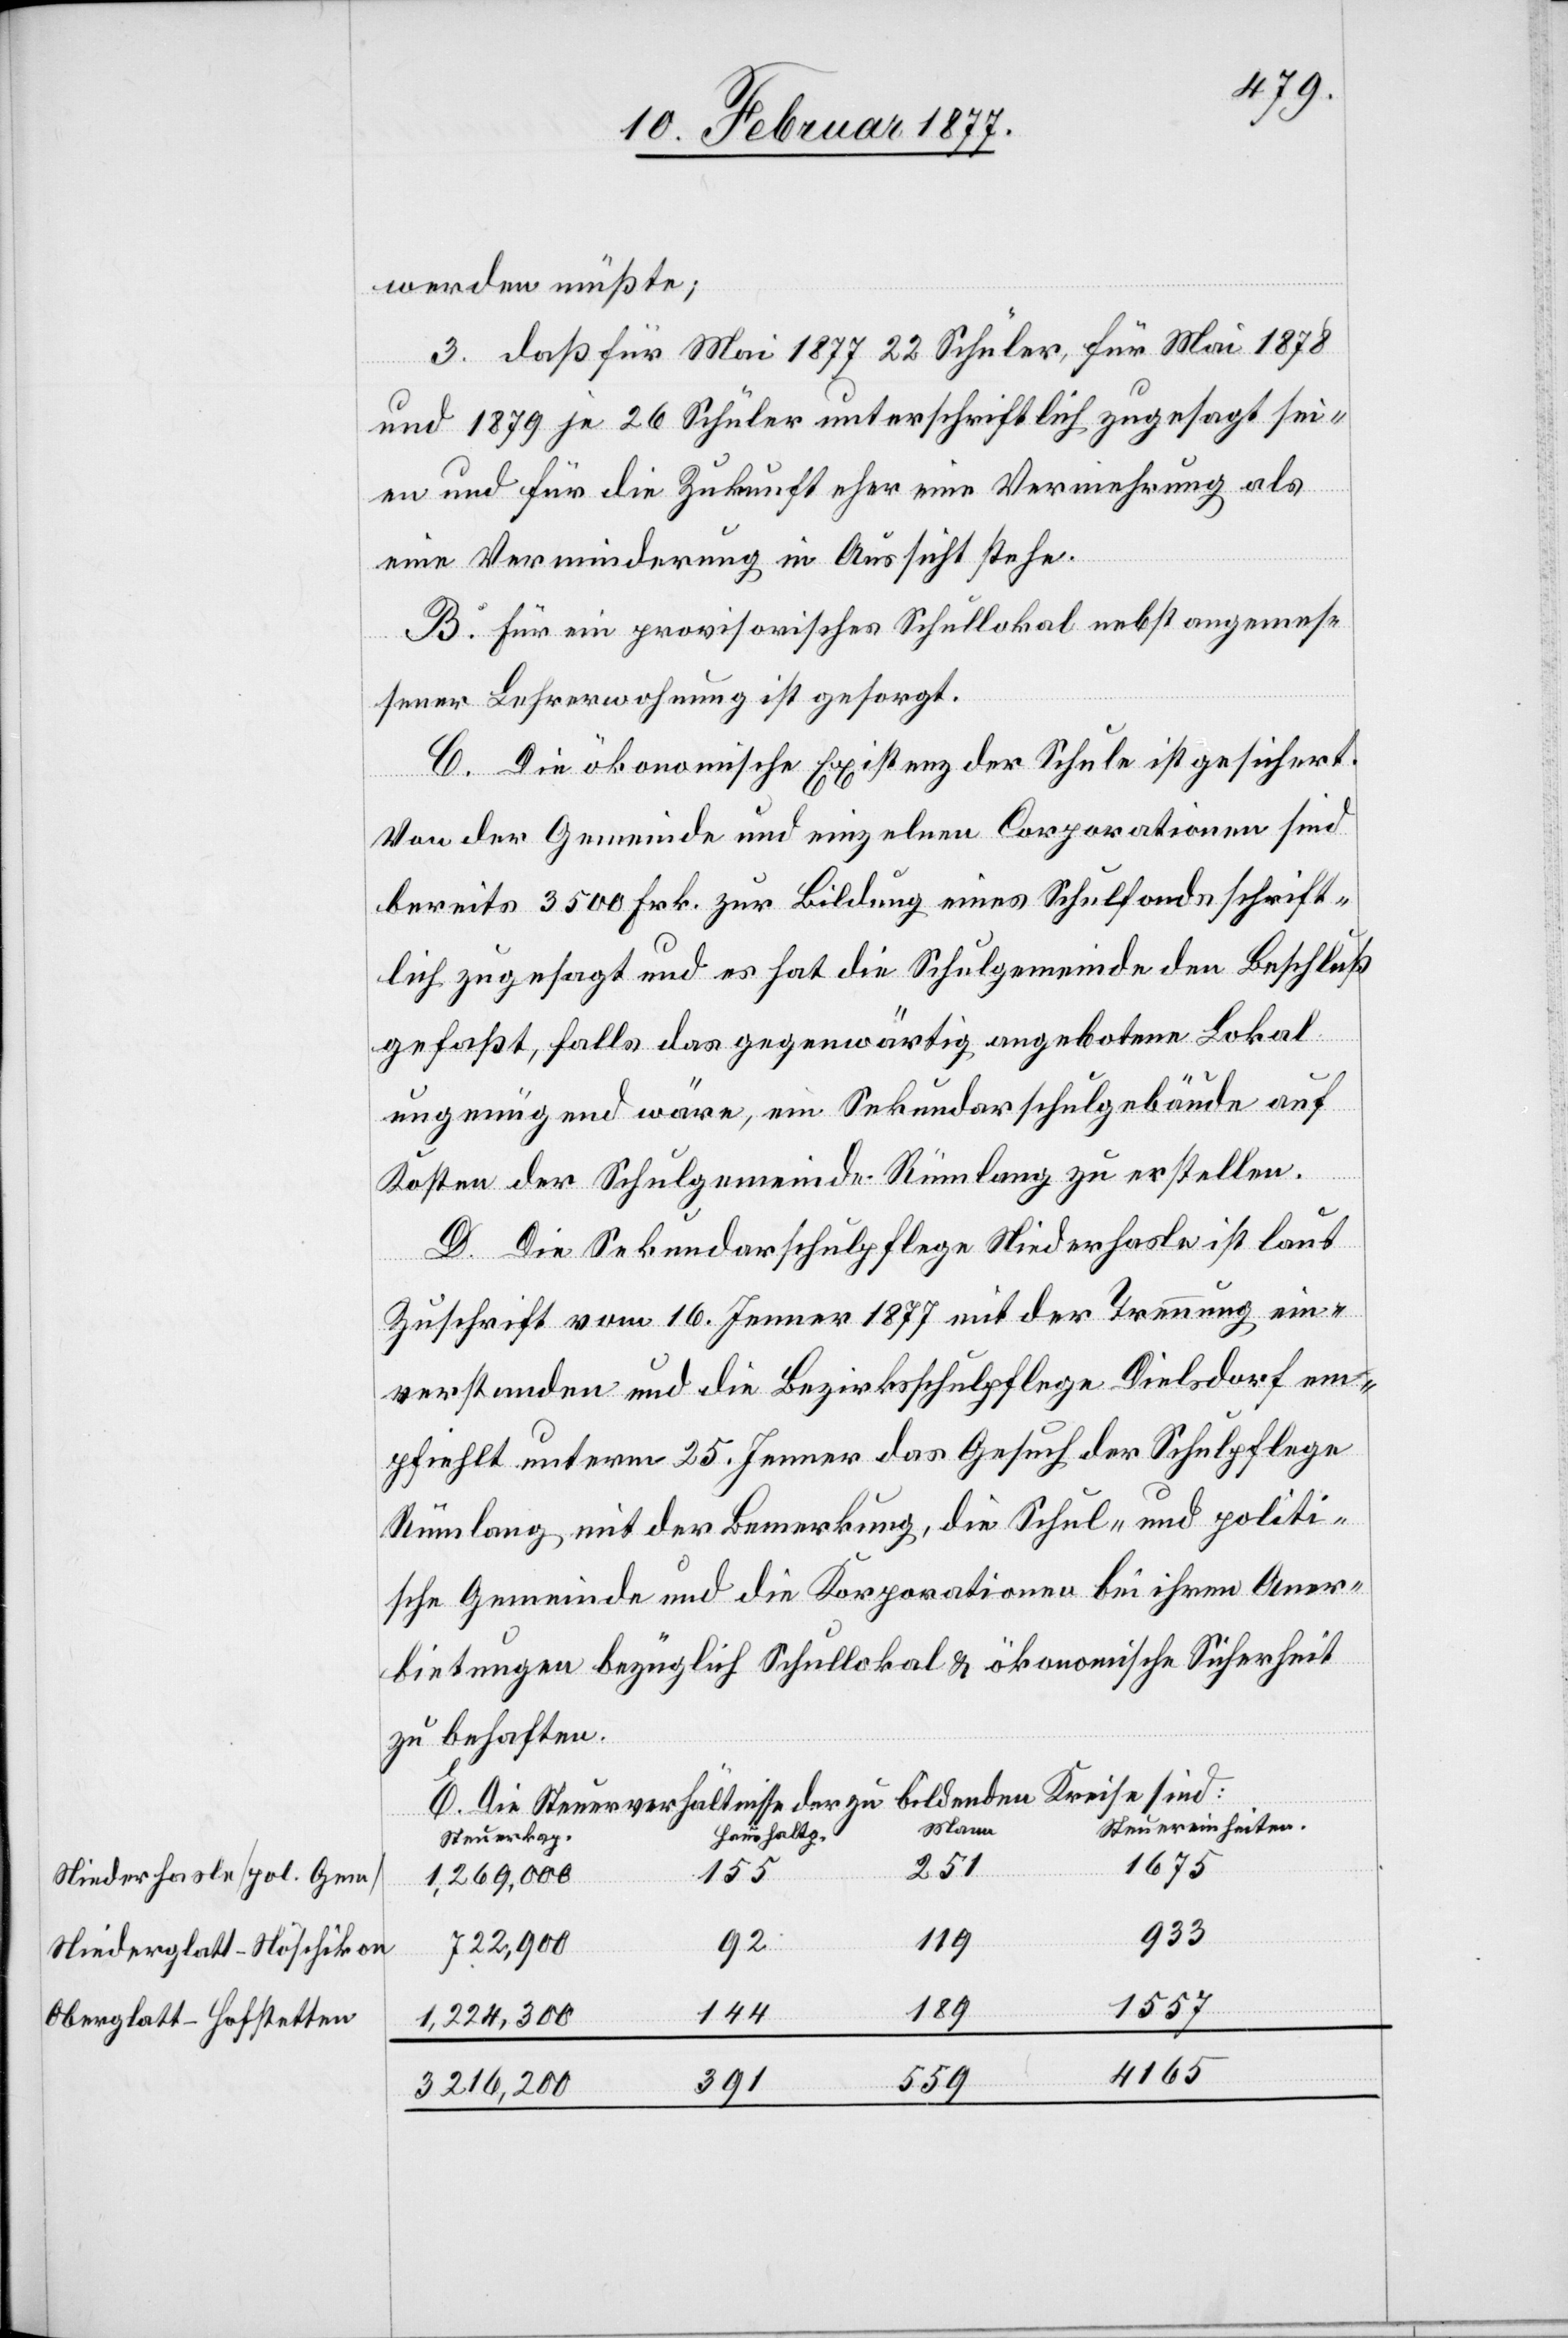
Niederhasle [pol. Gem]
Niederglatt-Nöschikon
Oberglatt-Hofstetten

werden müßte;
3. daß für Mai 1877 22 Schüler, für Mai 1878
und 1879 je 26 Schüler unterschriftlich zugesagt sei¬
en und für die Zukunft eher eine Vermehrung als
eine Verminderung in Aussicht stehe.
B. Für ein provisorisches Schullokal nebst angemes¬
sener Lehrerwohnung ist gesorgt.
C. Die ökonomische Existenz der Schule ist gesichert.
Von der Gemeinde und einzelnen Corporationen sind
bereits 3500 Frk. zur Bildung eines Schulfonds schrift¬
lich zugesagt und es hat die Schulgemeinde den Beschluß
gefaßt, falls das gegenwärtig angebotene Lokal
ungenügend wäre, ein Sekundarschulgebäude auf
Kosten der Schulgemeinde Rümlang zu erstellen.
D. Die Sekundarschulpflege Niederhasle ist laut
Zuschrift vom 16. Jenner 1877 mit der Trennung ein¬
verstanden und die Bezirksschulpflege Dielsdorf em¬
pfiehlt unterm 25. Jenner das Gesuch der Schulpflege
Rümlang mit der Bemerkung, die Schul- und politi¬
sche Gemeinde und die Korporationen bei ihren Aner¬
bietungen bezüglich Schullokal & ökonomische Sicherheit
zu behaften.
E. Die Steuerverhältnisse der zu bildenden Kreise sind:
Steuereinheiten
Mann
Haushaltz.
Steuerkap.
1675
251
155
1,269,000
933
119
92
722,900
1557
189
144
1,224,300
4165
559
391
3,216,200